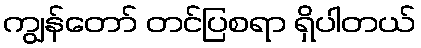
ကျွန်တော် တင်ပြစရာ ရှိပါတယ်